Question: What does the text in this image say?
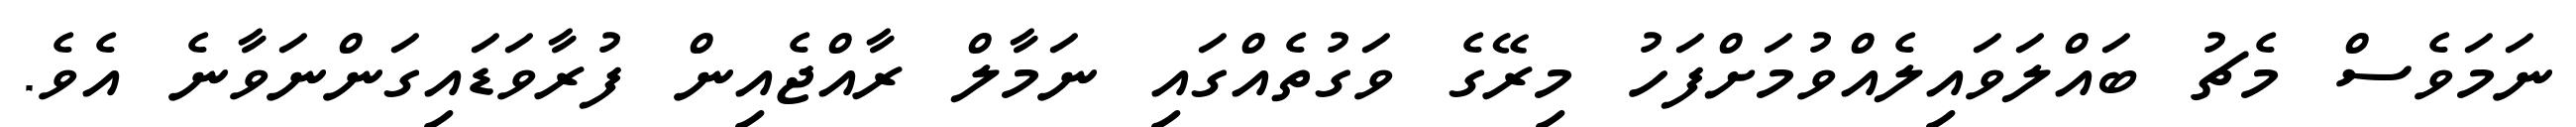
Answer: ނަމަވެސް މެޗު ބައްލަވައިލެއްވުމަށްފަހު މިރޭގެ ވަގުތެއްގައި ނަމާލް ރާއްޖެއިން ފުރާވަޑައިގަންނަވާނެ އެވެ.